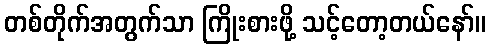
တစ်တိုက်အတွက်သာ ကြိုးစားဖို့ သင့်တော့တယ်နော်။